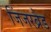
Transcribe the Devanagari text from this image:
जिंजरब्रैड